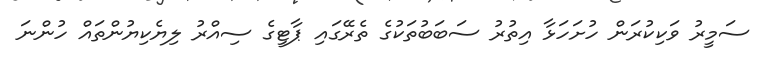
ސަމީރު ވަކިކުރަން ހުށަހަޅާ އިތުރު ސަބަބުތަކުގެ ތެރޭގައި ޕާޓީގެ ސިއްރު ލިޔެކިޔުންތައް ހުންނަ